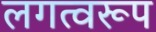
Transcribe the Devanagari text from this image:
लगत्वरूप